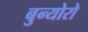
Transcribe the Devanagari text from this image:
बुन्योरो